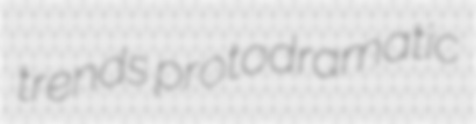
trends protodramatic